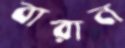
বারান